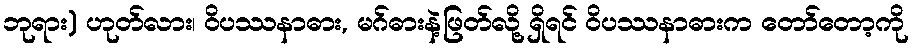
ဘုရား) ဟုတ်လား၊ ဝိပဿနာဓား, မဂ်ဓားနဲ့ဖြတ်လို့ ရှိရင် ဝိပဿနာဓားက တော်တော့ကို